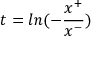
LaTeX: t = l n ( - \frac { x ^ { + } } { x ^ { - } } )